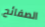
الصفائح